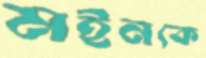
মইনকে